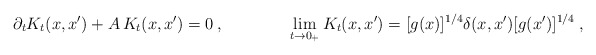
\begin{align*}\partial_tK_t(x,x')+A\,K_t(x,x')=0 \:,\qquad\qquad \lim\limits_{t\to 0_+}K_t(x,x')=[g(x)]^{1/4}\delta(x,x')[g(x')]^{1/4} \:,\end{align*}